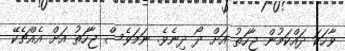
ވާހަކަ ދައްކަމުން ޖާހަތު އަށް ދޯ ދިނެވެ. ނަމަވެސް ޖާހަތު އަށް އެއްޗެކޭ